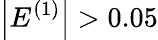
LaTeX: \left|E^{(1)}\right|>0.05